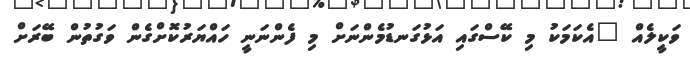
ވަކީލެއް "އެކަމަކު މި ކޭސްގައި އަޅުގަނޑުމެންނަށް މި ފެންނަނީ ހައްޔަރުކޮށްގެން ވަގުތުން ބޭރަށް